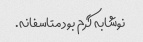
نوشابه گرم بود متاسفانه.